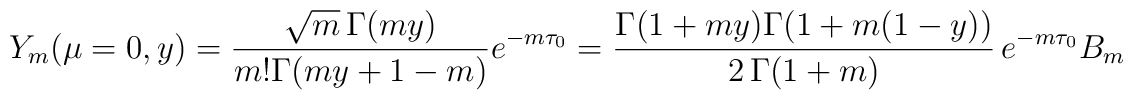
Y_m(\mu = 0,y) = \frac{\sqrt{m}\, \Gamma(my)}{m! \Gamma (my +1-m)}e^{-m\tau_0} = \frac{\Gamma(1+my) \Gamma(1+m(1-y))}{2\,\Gamma(1+m)}\, e^{-m\tau_0} B_m